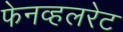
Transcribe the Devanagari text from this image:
फेनव्हलरेट